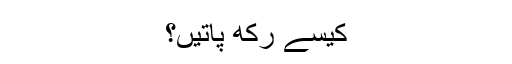
کیسے رکھ پاتیں؟